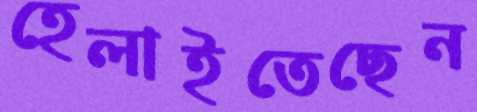
হেলাইতেছেন